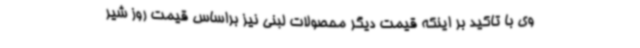
وی با تاکید بر اینکه قیمت دیگر محصولات لبنی نیز براساس قیمت روز شیر